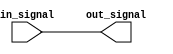
module IO_LowPower_Buffer (
    input wire in_signal,
    output reg out_signal
);

// Slew rate control
assign out_signal = in_signal;

endmodule